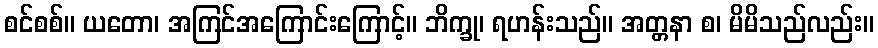
စင်စစ်။ ယတော၊ အကြင်အကြောင်းကြောင့်။ ဘိက္ခု၊ ရဟန်းသည်။ အတ္တနာ စ၊ မိမိသည်လည်း။